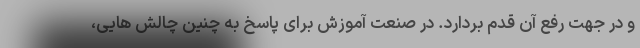
و در جهت رفع آن قدم بردارد. در صنعت آموزش برای پاسخ به چنین چالش هایی،